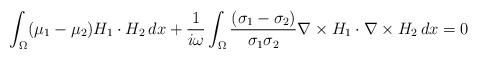
LaTeX: \begin{align*}\int_\Omega (\mu_1 - \mu_2) H_1\cdot H_2\,dx + \frac{1}{i\omega} \int_\Omega \frac{(\sigma_1 - \sigma_2)}{\sigma_1\sigma_2} \nabla\times H_1\cdot \nabla\times H_2\,dx = 0\end{align*}